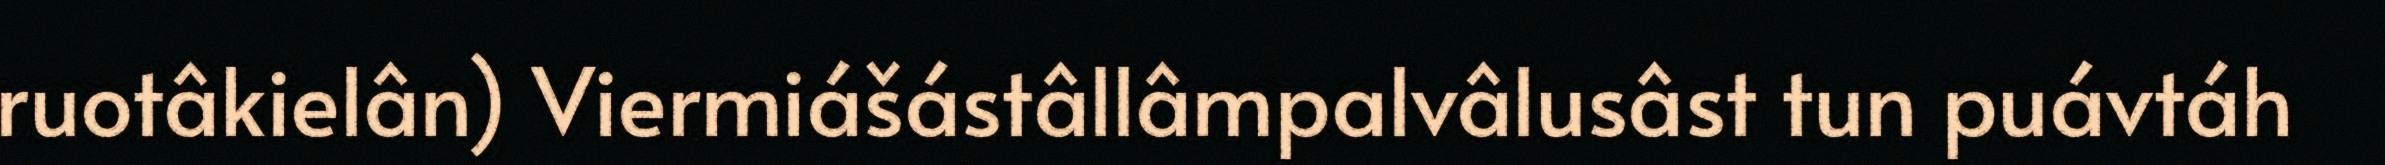
ruotâkielân) Viermiášástâllâmpalvâlusâst tun puávtáh